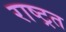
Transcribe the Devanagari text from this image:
राष्ट्रत